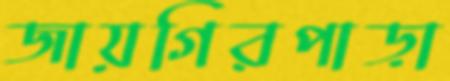
জায়গিরপাড়া